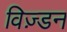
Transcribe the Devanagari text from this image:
विज़्डन